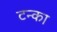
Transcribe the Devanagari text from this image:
टन्का